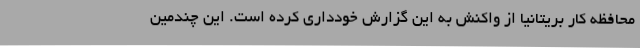
محافظه کار بریتانیا از واکنش به این گزارش خودداری کرده است. این چندمین